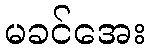
မခင်အေး